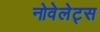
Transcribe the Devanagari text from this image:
नोवेलेट्स